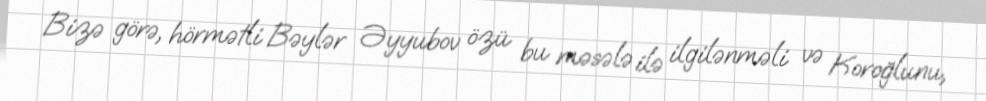
Bizə görə, hörmətli Bəylər Əyyubov özü bu məsələ ilə ilgilənməli və Koroğlunu,